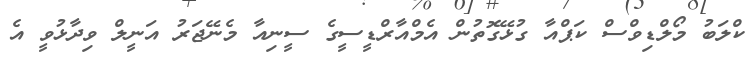
ކްލަބު މޯލްޑިވްސް ކަޕްއާ ގުޅޭގޮތުން އެމްއާރްޑީސީގެ ސީނިއާ މެނޭޖަރު އަނީލް ވިދާޅުވީ އެ